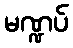
မဏ္ဍပ်